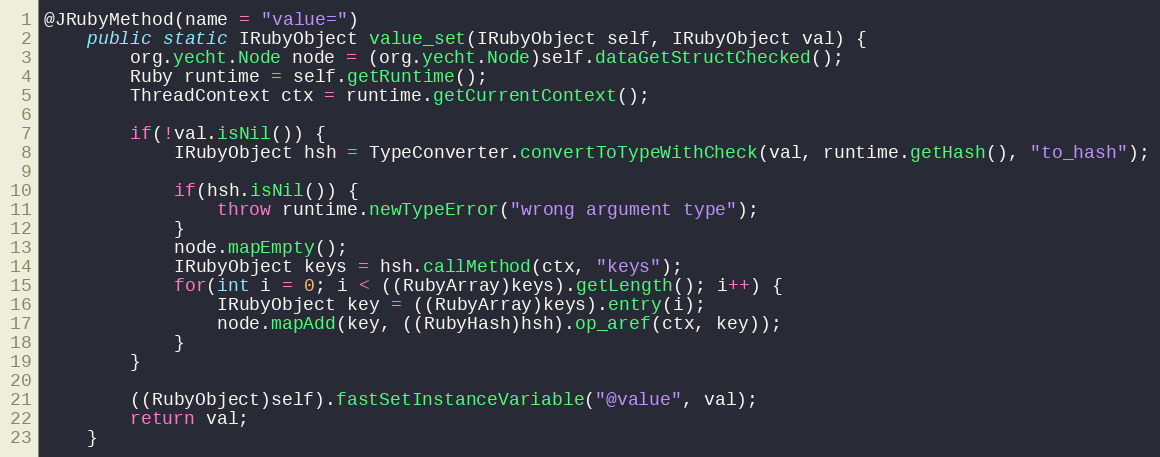
Language: Java
@JRubyMethod(name = "value=")
    public static IRubyObject value_set(IRubyObject self, IRubyObject val) {
        org.yecht.Node node = (org.yecht.Node)self.dataGetStructChecked();
        Ruby runtime = self.getRuntime();
        ThreadContext ctx = runtime.getCurrentContext();

        if(!val.isNil()) {
            IRubyObject hsh = TypeConverter.convertToTypeWithCheck(val, runtime.getHash(), "to_hash");

            if(hsh.isNil()) {
                throw runtime.newTypeError("wrong argument type");
            }
            node.mapEmpty();
            IRubyObject keys = hsh.callMethod(ctx, "keys");
            for(int i = 0; i < ((RubyArray)keys).getLength(); i++) {
                IRubyObject key = ((RubyArray)keys).entry(i);
                node.mapAdd(key, ((RubyHash)hsh).op_aref(ctx, key));
            }
        }

        ((RubyObject)self).fastSetInstanceVariable("@value", val);
        return val;
    }